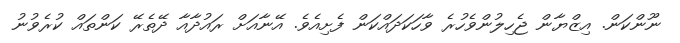
ނޫންކަން. އިޒްޔާން ޖެހިލުންވެހުރެ ވާހަކަދައްކަން ފެށިއެވެ. އޭނާއަށް ރައުދާއާ ދޭތެރޭ ކަންތައް ކުރެވުނު